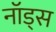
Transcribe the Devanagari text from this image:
नॉड्स